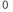
0